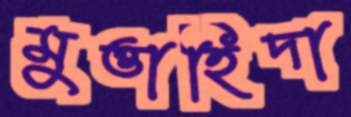
মুত্তাহিদা